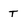
Character: T